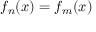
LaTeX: f _ { n } ( x ) = f _ { m } ( x )